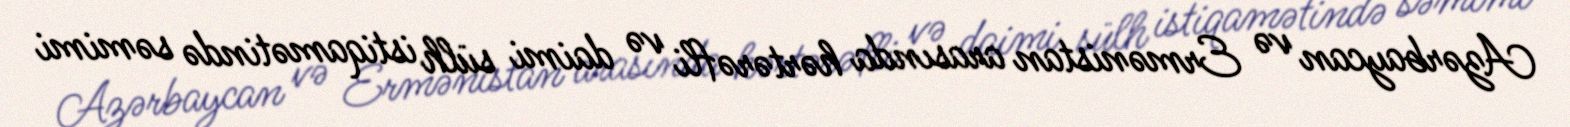
Azərbaycan və Ermənistan arasında hərtərəfli və daimi sülh istiqamətində səmimi